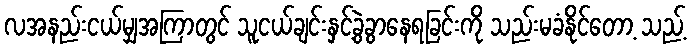
လအနည်းငယ်မျှအကြာတွင် သူငယ်ချင်းနှင့်ခွဲခွာနေရခြင်းကို သည်းမခံနိုင်တော့ သည့်